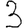
Digit: 3